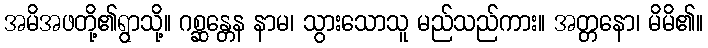
အမိအဖတို့၏ရွာသို့။ ဂစ္ဆန္တေန နာမ၊ သွားသောသူ မည်သည်ကား။ အတ္တနော၊ မိမိ၏။